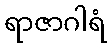
ရာဇာဂါရံ